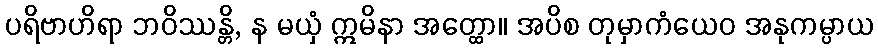
ပရိဗာဟိရာ ဘဝိဿန္တိ, န မယှံ ဣမိနာ အတ္ထော။ အပိစ တုမှာကံယေဝ အနုကမ္ပာယ